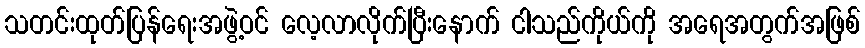
သတင်းထုတ်ပြန်ရေးအဖွဲ့ဝင် လေ့လာလိုက်ပြီးနောက် ငါသည်ကိုယ်ကို အရေအတွက်အဖြစ်